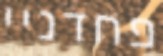
פחדניי